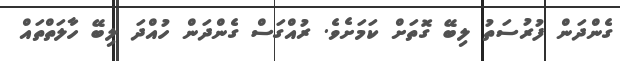
ގެންދަން ފުރުސަތު ލިބޭ ގޮތަށް ކަމަށެވެ. ރުއްގަސް ގެންދަން ހުއްދަ ލިބޭ ހާލަތްތައް